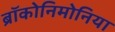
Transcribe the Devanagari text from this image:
ब्रॉकोनिमोनिया